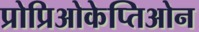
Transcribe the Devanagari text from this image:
प्रोप्रिओकेप्तिओन